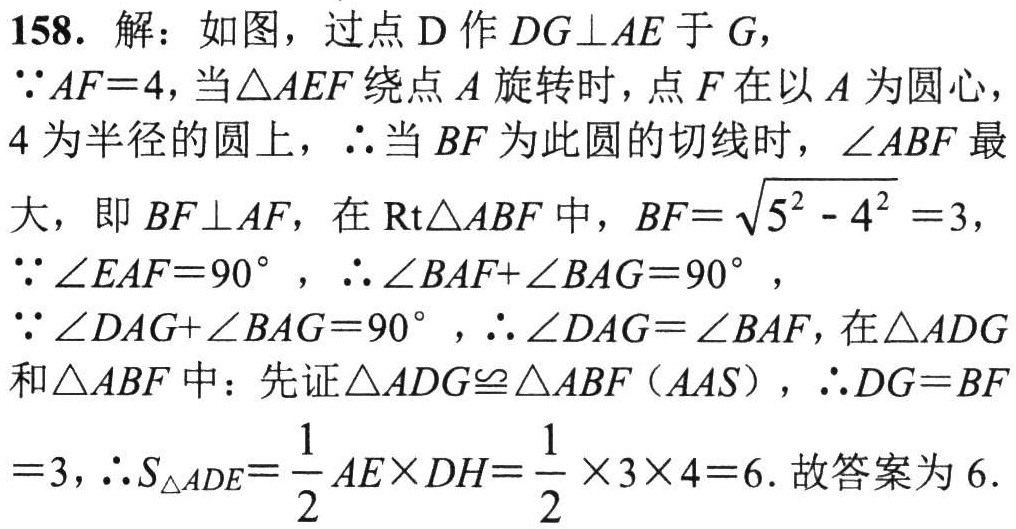
158. 解：如图，过点\(D\)作\(DG\perp AE\)于\(G\)，
\(\because AF = 4\)，当\(\triangle AEF\)绕点\(A\)旋转时，点\(F\)在以\(A\)为圆心，
\(4\)为半径的圆上，\(\therefore\)当\(BF\)为此圆的切线时，\(\angle ABF\)最
大，即\(BF\perp AF\)，在\(\text{Rt}\triangle ABF\)中，\(BF = \sqrt{5^{2}-4^{2}} = 3\)，
\(\because \angle EAF = 90^{\circ}\)，\(\therefore \angle BAF+\angle BAG = 90^{\circ}\)，
\(\because \angle DAG+\angle BAG = 90^{\circ}\)，\(\therefore \angle DAG=\angle BAF\)，在\(\triangle ADG\)
和\(\triangle ABF\)中：先证\(\triangle ADG\cong\triangle ABF\)（\(AAS\)），\(\therefore DG = BF\)
\(= 3\)，\(\therefore S_{\triangle ADE}=\frac{1}{2}AE\times DH=\frac{1}{2}\times3\times4 = 6\). 故答案为\(6\).